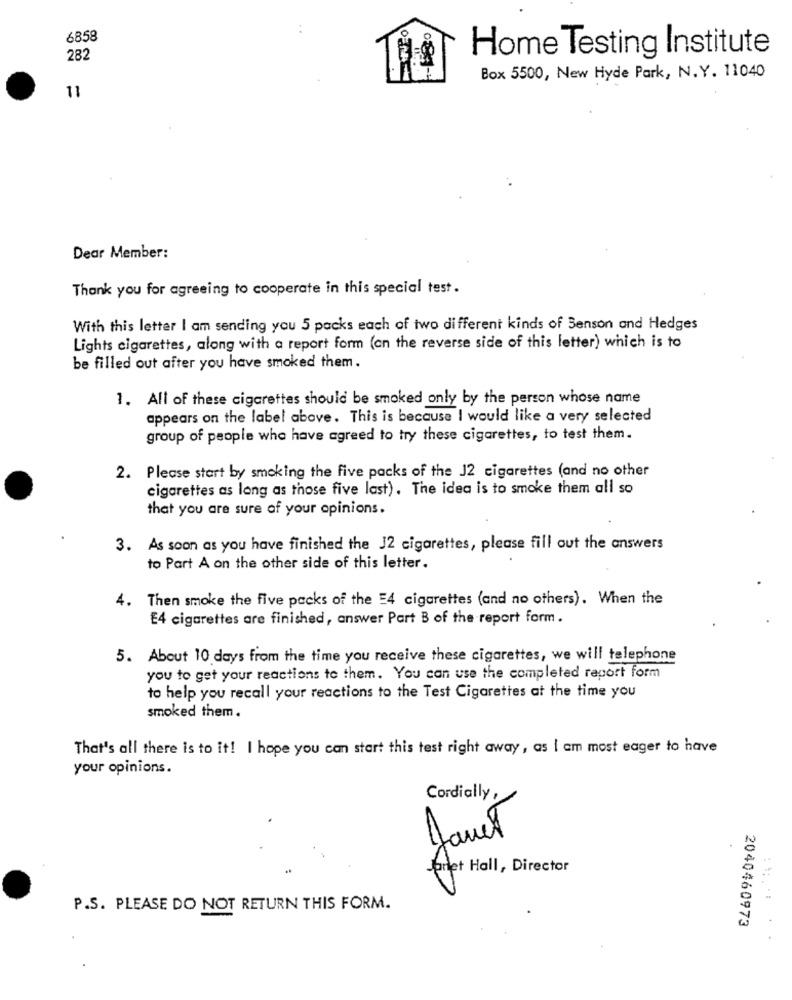
:
6858
282
Home Testing Institute
Box 5500, New Hyde Park, N.Y. 11040
11
Dear Member:
Thank you for agreeing to cooperate in this special test.
With this letter I am sending you 5 packs each of two different kinds of Senson and Hedges
Lights cigarettes, along with a report form (on the reverse side of this letter) which is to
be filled out after you have smoked them.
1. All of these cigarettes should be smoked only by the person whose name
appears on the label above. This is because I would like a very selected
group of people who have agreed to try these cigarettes, to test them.
2. Please start by smoking the five packs of the J2 cigarettes (and no other
cigarettes as long as those five last). The idea is to smoke them all so
that you are sure of your opinions.
3. As soon as you have finished the J2 cigarettes, please fill out the answers
to Part A on the other side of this letter.
4. Then smoke the five packs of the 54 cigarettes (and no others). When the
E4 cigarettes are finished, answer Part B of the report form.
5. About 10 days from the time you receive these cigarettes, we will telephone
you to get your reactions to them. You can use the completed raport form
to help you recall your reactions to the Test Cigarettes at the time you
smoked them .
That's all there is to it! I hope you can start this test right away, as I am most eager to have
your opinions.
Cordially,
Janet
pret Hall, Director
P.S. PLEASE DO NOT RETURN THIS FORM.
2040460973